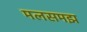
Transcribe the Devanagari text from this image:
मलसमझ